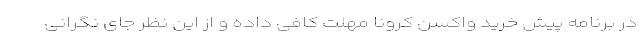
در برنامه پیش خرید واکسن کرونا مهلت کافی داده و از این نظر جای نگرانی